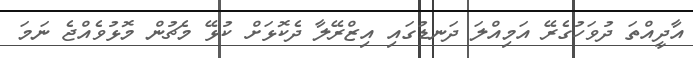
އާދީއްތަ ދުވަހުގެރޭ އަމިއްލަ ދަނޑުގައި އިޒްރޭލާ ދެކޮޅަށް ކުޅޭ މެޗުން މޮޅުވެއްޖެ ނަމަ